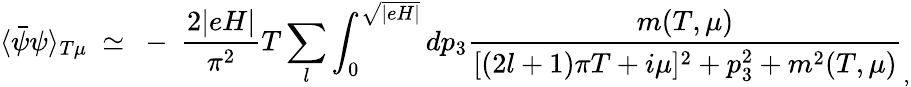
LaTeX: \langle\bar{\psi}\psi\rangle_{T\mu}~\simeq~-~\frac{2\vert eH\vert}{\pi^{2}}T\sum_{l}\int_{0}^{\sqrt{\vert eH\vert}}dp_{3}\frac{m(T,\mu)}{[(2l+1)\pi T+i\mu]^{2}+p_{3}^{2}+m^{2}(T,\mu)}_{,}